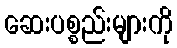
ဆေးပစ္စည်းများကို